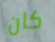
كان